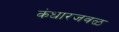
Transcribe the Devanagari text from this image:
कंधारजवळ